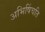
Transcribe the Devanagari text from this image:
अभिषिंचति